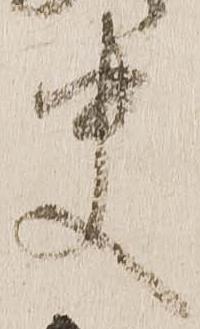
史